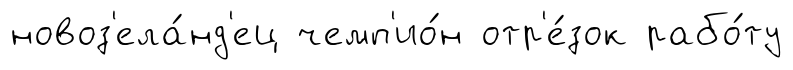
новоз'ела́нд'ец чемп'ио́н отр'е́зок рабо́ту